Lunatic asylums Central Provinces reports 1886-1894 - 1886-1894
Year: 1886
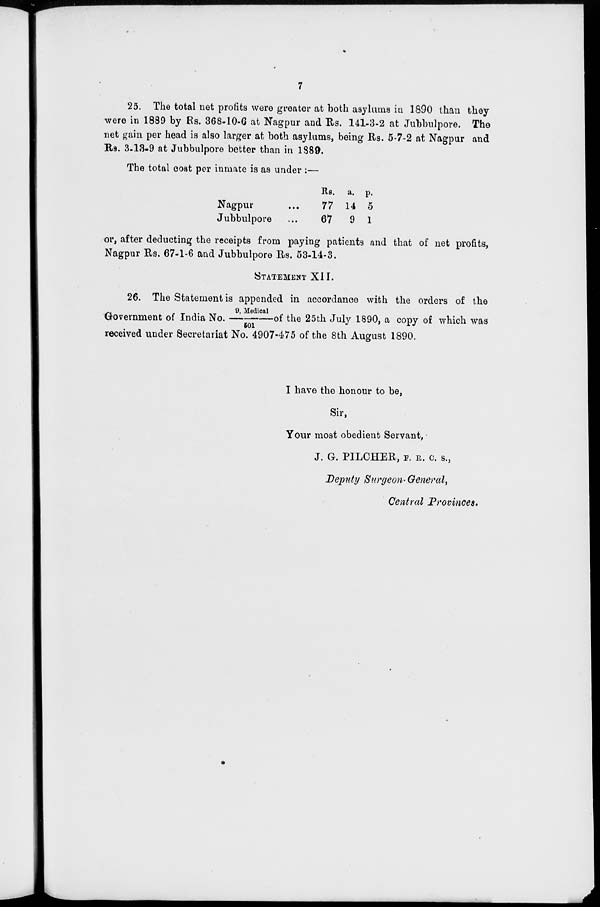
7
25. The total net profits were greater at both asylums in 1890 than they
were in 1889 by Rs. 368-10-6 at Nagpur and Rs. 141-3-2 at Jubbulpore. The
net gain per head is also larger at both asylums, being Rs. 5-7-2 at Nagpur and
Rs. 3-13-9 at Jubbulpore better than in 1889.
The total cost per inmate is as under :—
Nagpur ...
Jubbulpore ...
Rs.
77
67
a.
14
9
p.
5
1
or, after deducting the receipts from paying patients and that of net profits,
Nagpur Rs. 67-1-6 and Jubbulpore Rs. 53-14-3.
STATEMENT XII.
26. The Statement is appended in accordance with the orders of the
Government of India No. 9, Medical/501of the 25th July 1890, a copy of which was
received under Secretariat No. 4907-475 of the 8th August 1890.
I have the honour to be,
Sir,
Your most obedient Servant,
J. G. PILCHER, F. R. C. S.,
Deputy Surgeon- General,
Central Provinces.